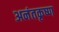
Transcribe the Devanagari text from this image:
अनंतकृष्ण